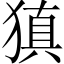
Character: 𤠶